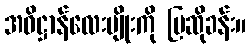
အဓိဋ္ဌာန်လေးမျိုးကို ပြဆိုခန်း။